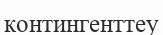
контингенттеу